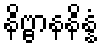
နိဗ္ဗာနနိန္နံ